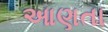
આણતા